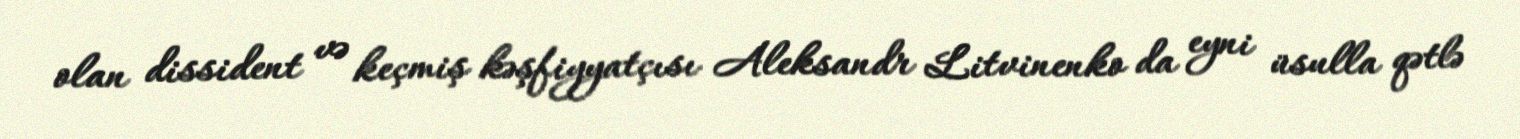
olan dissident və keçmiş kəşfiyyatçısı Aleksandr Litvinenko da eyni üsulla qətlə